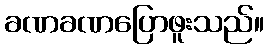
ခဏခဏပြောဖူးသည်။